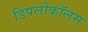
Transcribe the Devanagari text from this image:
डिपलोकॉलस